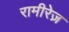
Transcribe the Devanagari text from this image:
रामीरेज़